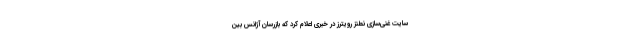
سایت غنی‌سازی نطنز رویترز در خبری اعلام کرد که بازرسان آژانس بین‌